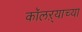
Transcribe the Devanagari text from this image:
कॉलऱ्याच्या